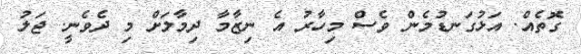
ގޮތެއް. އަޅުގަނޑުމެން ވެސް މިހާރު އެ ނިޒާމާ ދިމާލަށް މި ދެވެނީ. ޖަލު